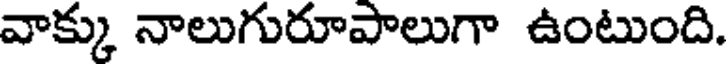
వాక్కు నాలుగురూపాలుగా ఉంటుంది.